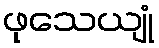
ဖုသေယျုံ